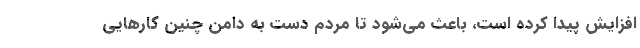
افزایش پیدا کرده است، باعث می‌شود تا مردم دست به دامن چنین کارهایی